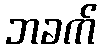
ဘခက်